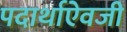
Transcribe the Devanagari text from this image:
पदार्थाऐवजी